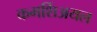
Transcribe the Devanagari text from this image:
कमर्शिअयल